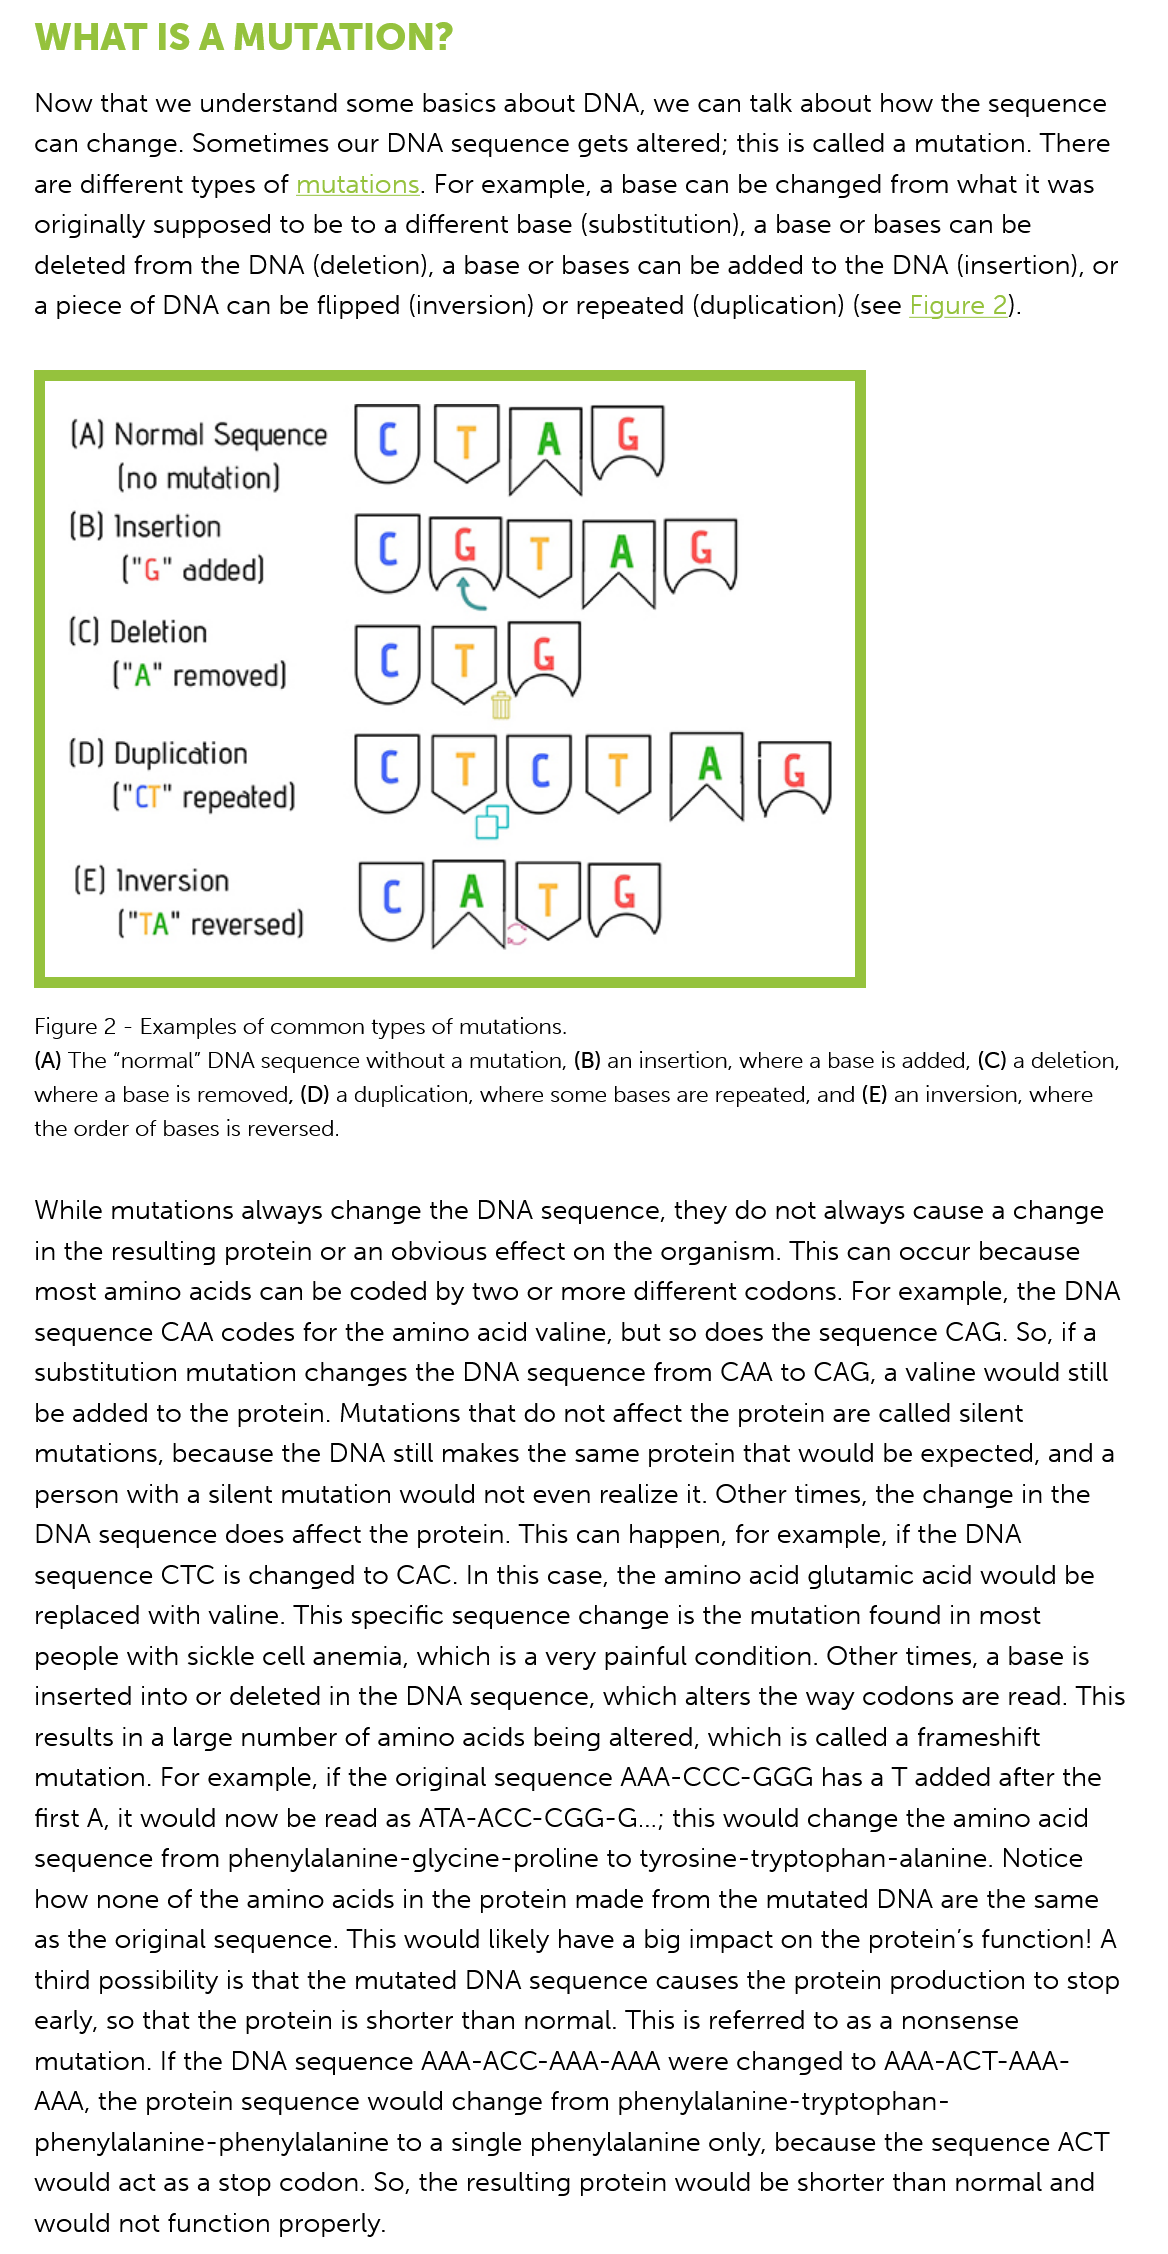
WHAT    IS    A  MUTATION?
    Now that we  understand  some basics  about DNA,  we can talk about how  the sequence
   can  change. Sometimes   our DNA  sequence gets altered; this is called a mutation. There
   are different types of mutations. For example, a base can be changed  from what it was
   originally supposed to be to a different base (substitution), a base or bases can be
   deleted from  the DNA  (deletion), a base or bases can be added to the DNA (insertion), or
   a piece of DNA  can be flipped (inversion) or repeated (duplication) (see Figure 2).
     “omear”    WANA
     re    OTA
     “terre    (OT)(S]
     “rreme    OOOO
     "
     eed    (Al)    [SJ
   Figure 2
     -
     Examples of common types of mutations.
   (A) The “normal” DNA sequence without a mutation, (B) an insertion, where a base is added, (C) a deletion,
   where a base is removed, (D) a duplication, where some bases are repeated, and (E) an inversion, where
   the order of bases is reversed.
   While  mutations always change  the DNA   sequence, they do  not always cause a change
   in the resulting protein or an obvious effect on the organism. This can occur because
   most  amino  acids can be coded  by two or more different codons.  For example, the DNA
   sequence   CAA  codes for the amino acid valine, but so does the sequence CAG. So, if a
   substitution mutation changes  the DNA  sequence   from CAA to  CAG, a valine would still
   be added  to the protein. Mutations that do not affect the protein are called silent
   mutations,  because the DNA still makes the same protein  that would be expected,  and a
   person  with a silent mutation would not even realize it. Other times, the change in the
    DNA sequence does  affect  the protein. This can happen, for example, if the DNA
   sequence   CTC is changed  to CAC. In this case, the amino acid glutamic acid would be
   replaced  with valine. This specific sequence change is the mutation found in most
   people  with sickle cell anemia, which is a very painful condition. Other times, a base is
   inserted into or deleted in the DNA sequence,  which alters the way codons are  read. This
   results in a large number of amino acids being altered, which is called a frameshift
   mutation.  For example, if the original sequence AAA-CCC-GGG  has   a T added  after the
   first A, it would now be read as ATA-ACC-CGG-G...;  this would change  the amino  acid
   sequence from   phenylalanine-glycine-proline  to tyrosine-tryptophan-alanine. Notice
   how  none of  the amino  acids in the protein made from the mutated  DNA are  the same
   as the original sequence. This would likely have a big impact on the protein’s function! A
   third possibility is that the mutated DNA sequence causes the protein production  to stop
   early, so that the protein is shorter than normal. This is referred to as a nonsense
   mutation. If the DNA  sequence  AAA-ACC-AAA-AAA    were changed   to AAA-ACT-AAA-
   AAA, the protein sequence  would  change  from  phenylalanine-tryptophan-
   phenylalanine- phenylalanine  to a single phenylalanine only, because the sequence  ACT
   would  act as a stop codon. So, the resulting protein would be shorter than normal and
   would  not function properly.